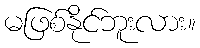
မဖြစ်နိုင်ဘူးလား။